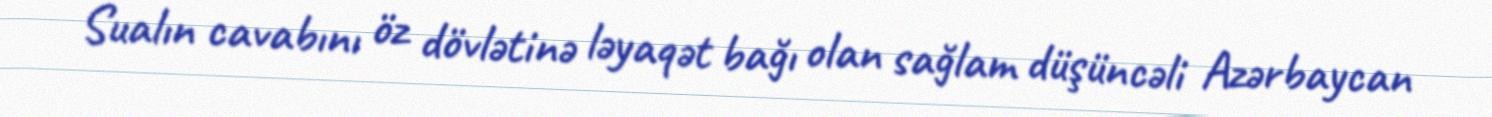
Sualın cavabını öz dövlətinə ləyaqət bağı olan sağlam düşüncəli Azərbaycan